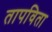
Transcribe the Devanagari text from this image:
तापविता